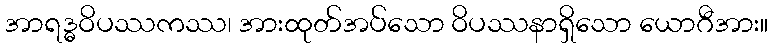
အာရဒ္ဓဝိပဿကဿ၊ အားထုတ်အပ်သော ဝိပဿနာရှိသော ယောဂီအား။